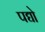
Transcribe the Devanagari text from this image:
पद्यो